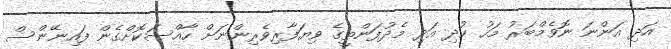
އަދި އަންނަ ނޮވެމްބަރު މަހު ކުދި އަދި މެދުފަންތީގެ ވިޔަފާރިވެރިންނަށް ހާއްސަކޮށްގެން ފައިނޭންސް